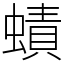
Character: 𧐐